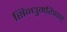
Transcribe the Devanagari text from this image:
सिन्धुमरिणात्